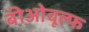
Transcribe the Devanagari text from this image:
बीओवूल्फ